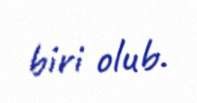
biri olub.